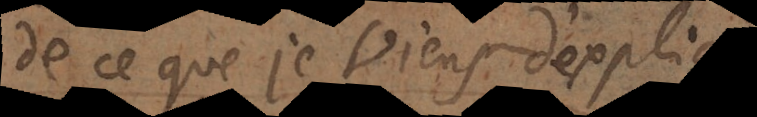
de ce que je viens d’expliquer;